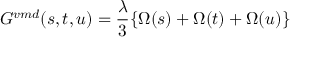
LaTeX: G ^ { v m d } ( s , t , u ) = \frac { \lambda } { 3 } \{ \Omega ( s ) + \Omega ( t ) + \Omega ( u ) \}